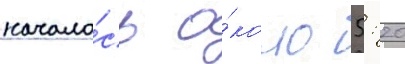
начало́сь о́коло 5: 20